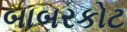
બાબરકોટ